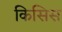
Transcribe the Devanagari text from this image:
किसिस